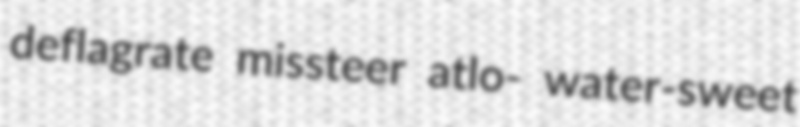
deflagrate missteer atlo- water-sweet